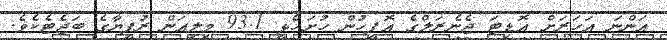
އަންނަ އަހަރަށް އޮޑިޓަ ޖެނެރަލްގެ އޮފީހުން ހުށަހެޅީ 93.1 މިލިއަން ރުފިޔާގެ ބަޖެޓެކެވެ.